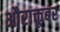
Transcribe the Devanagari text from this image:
औराक्तूबर